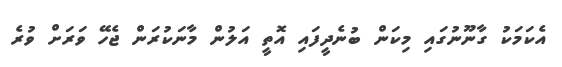
އެކަމަކު ގާނޫނުގައި މިކަން ބުނެދީފައި އޮތީ އަލުން މާނަކުރަން ޖެހޭ ވަރަށް ވުރެ